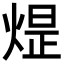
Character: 𪹈